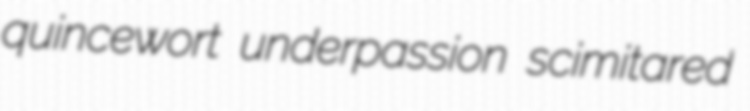
quincewort underpassion scimitared